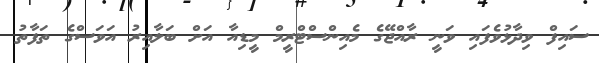
ސައިފް ވިދާޅުވެފައި ވަނީ ރާއްޖޭގެ މެއިންސްޓްރީމް މީޑިއާ އަށް ބަލާއިރު އަވަސްގެ ތަފާތު